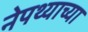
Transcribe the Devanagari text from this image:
नेपथ्याच्या